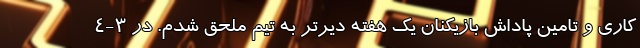
کاری و تامین پاداش بازیکنان یک هفته دیرتر به تیم ملحق شدم. در 3-4